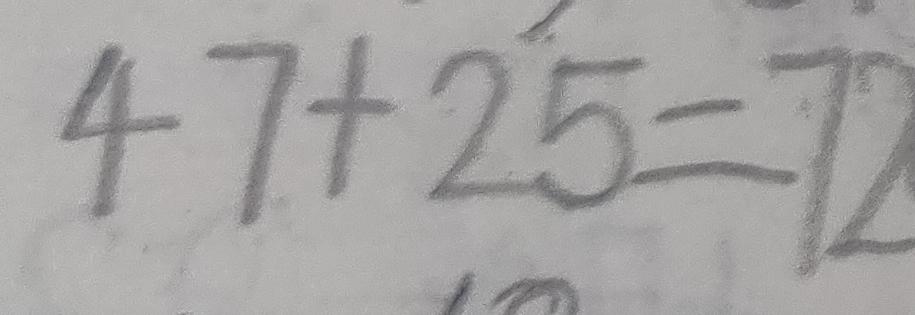
4 7 + 2 5 = 7 2